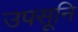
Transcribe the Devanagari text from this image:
उपसूनि